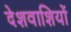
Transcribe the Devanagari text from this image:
देशवाशियों